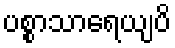
ပစ္စာသာရေယျပိ